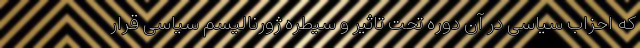
که احزاب سیاسی در آن دوره تحت تاثیر و سیطره ژورنالیسم سیاسی قرار